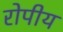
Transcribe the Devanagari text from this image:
रोपीय